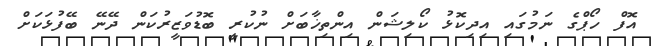
އޮފް ހޯޕްގެ ނަމުގައި އިދިކޮޅު ކޯލިޝަން އިންތިޚާބަށް ނުކުރީ ބޮޑުވަޒީރުކަން ދޭނޭ ބޭފުޅަކަށް